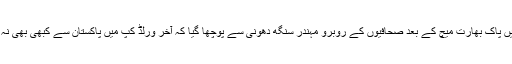
اتوار کے روز ایڈیلیڈ میں پاک بھارت میچ کے بعد صحافیوں کے روبرو مہندر سنگھ دھونی سے پوچھا گیا کہ آخر ورلڈ کپ میں پاکستان سے کبھی بھی نہ ہارنے کا کیا راز ہے؟